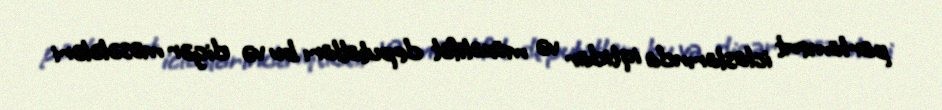
parlament iclaslarında iqtidar və müxalifət deputatları bu və digər məsələləri